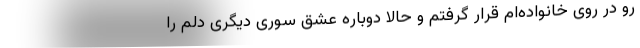
رو در روی خانواده‌ام قرار گرفتم و حالا دوباره عشق سوری دیگری دلم را